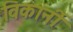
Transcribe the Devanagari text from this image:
विकार्नी